Report of the Indian Hemp Drugs Commission, 1894-1895 - Volume VIII
Year: 1894
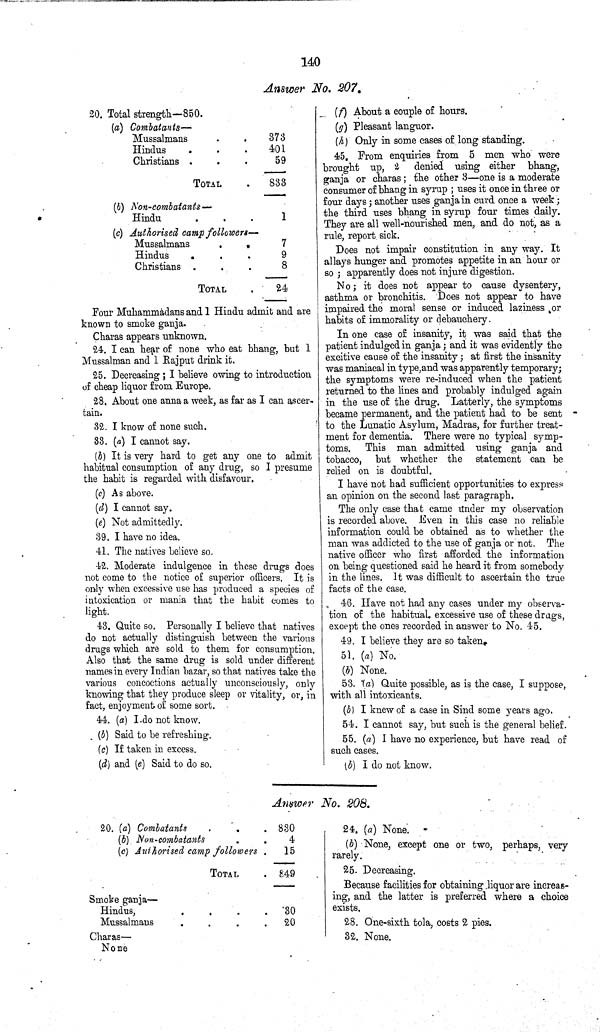
140
Answer No. 207.
20. Total strength—850.
(a) Combatants—
Mussalmans
373
Hindus
401
Christians
59
TOTAL
833
(b) Non-combatants—
Hindu
1
(c) Authorised camp followers—
Mussalmans
7
Hindus
9
Christians
8
TOTAL
24
Four Muhammadans and 1 Hindu admit and are
known to smoke ganja.
Charas appears unknown.
24. I can hear of none who eat bhang, but 1
Mussalman and 1 Rajput drink it.
25. Decreasing; I believe owing to introduction
of cheap liquor from Europe.
28. About one anna a week, as far as I can ascer¬
tain.
32. I know of none such.
33. (a) I cannot say.
(b) It is very hard to get any one to admit
habitual consumption of any drug, so I presume
the habit is regarded with disfavour.
(c) As above.
(d) I cannot say.
(e) Not admittedly.
39. I have no idea.
41. The natives believe so.
42. Moderate indulgence in these drugs does
not come to the notice of superior officers. It is
only when excessive use has produced a species of
intoxication or mania that the habit comes to
light.
43. Quite so. Personally I believe that natives
do not actually distinguish between the various
drugs which are sold to them for consumption.
Also that the same drug is sold under different
names in every Indian bazar, so that natives take the
various concoctions actually unconsciously, only
knowing that they produce sleep or vitality, or, in
fact, enjoyment of some sort.
44. (a) I do not know.
(b) Said to be refreshing.
(c) If taken in excess.
(d) and (e) Said to do so.
(f) About a couple of hours.
(g) Pleasant languor.
(h) Only in some cases of long standing.
45. From enquiries from 5 men who were
brought up, 2 denied using either bhang,
ganja or charas; the other 3—one is a moderate
consumer of bhang in syrup; uses it once in three or
four days; another uses ganja in curd once a week;
the third uses bhang in syrup four times daily.
They are all well-nourished men, and do not, as a
rule, report sick.
Does not impair constitution in any way. It
allays hunger and promotes appetite in an hour or
so; apparently does not injure digestion.
No; it does not appear to cause dysentery,
asthma or bronchitis. Does not appear to have
impaired the moral sense or induced laziness or
habits of immorality or debauchery.
In one case of insanity, it was said that the
patient indulged in ganja; and it was evidently the
excitive cause of the insanity; at first the insanity
was maniacal in type,and was apparently temporary;
the symptoms were re-induced when the patient
returned to the lines and probably indulged again
in the use of the drug. Latterly, the symptoms
became permanent, and the patient had to be sent
to the Lunatic Asylum, Madras, for further treat¬
ment for dementia. There were no typical symp¬
toms. This man admitted using ganja and
tobacco, but whether the statement can be
relied on is doubtful.
I have not had sufficient opportunities to express
an opinion on the second last paragraph.
The only case that came under my observation
is recorded above. Even in this case no reliable
information could be obtained as to whether the
man was addicted to the use of ganja or not. The
native officer who first afforded the information
on being questioned said he heard it from somebody
in the lines. It was difficult to ascertain the true
facts of the case.
46. Have not had any cases under my observa-
tion of the habitual, excessive use of these drags,
except the ones recorded in answer to No. 45.
49. I believe they are so taken.
51. (a) No.
(b) None.
53. (a) Quite possible, as is the case, I suppose,
with all intoxicants.
(b) I knew of a case in Sind some years ago.
54. I cannot say, but such is the general belief.
55. (a) I have no experience, but have read of
such cases.
(b) I do not know.
Answer No. 208.
20. (a) Combatants
830
(b) Non-combatants
4
(c) Authorised camp followers
15
TOTAL
849
Smoke ganja—
Hindus,
30
Mussalmans
20
Charas—
None
24. (a) None.
(b) None, except one or two, perhaps, very
rarely.
25. Decreasing.
Because facilities for obtaining liquor are increas¬
ing, and the latter is preferred where a choice
exists.
28. One-sixth tola, costs 2 pies.
32. None.